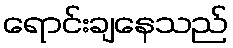
ရောင်းချနေသည်